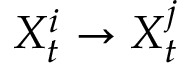
X _ { t } ^ { i } \rightarrow X _ { t } ^ { j }